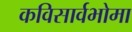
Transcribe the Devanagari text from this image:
कविसार्वभोमा